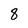
Character: 8